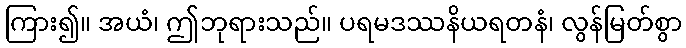
ကြား၍။ အယံ၊ ဤဘုရားသည်။ ပရမဒဿနိယရတနံ၊ လွန်မြတ်စွာ